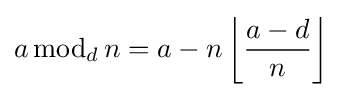
a\operatorname {mod} _{d}n=a-n\left\lfloor {\frac {a-d}{n}}\right\rfloor